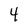
Character: 4